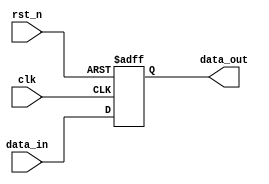
module async_reset_example (
    input wire clk,           // Clock input
    input wire rst_n,        // Asynchronous reset (active low)
    input wire [7:0] data_in, // Input data
    output reg [7:0] data_out // Output data
);

// Always block sensitive to the clock and reset signals
always @(posedge clk or negedge rst_n) begin
    if (!rst_n) begin
        // Asynchronous reset: Initialize the output to zero
        data_out <= 8'b0;
    end else begin
        // Sequential logic: Update the output with the input data on the rising edge of the clock
        data_out <= data_in;
    end
end

endmodule